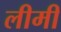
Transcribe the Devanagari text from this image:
लीमी